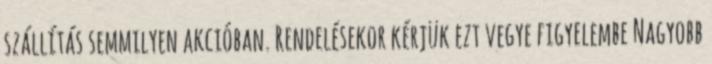
szállítás semmilyen akcióban. Rendelésekor kérjük ezt vegye figyelembe Nagyobb